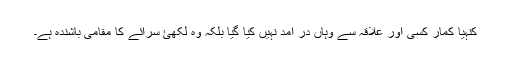
کنہیا کمار کسی اور علاقہ سے وہاں در آمد نہیں کیا گیا بلکہ وہ لکھئ سرائے کا مقامی باشندہ ہے۔